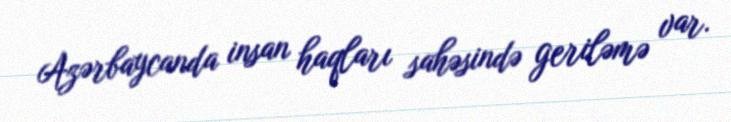
Azərbaycanda insan haqları sahəsində geriləmə var.